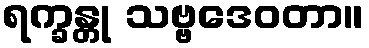
ရက္ခန္တု သဗ္ဗဒေဝတာ။